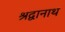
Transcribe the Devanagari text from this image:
श्रद्वानाथ